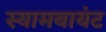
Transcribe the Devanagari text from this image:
स्‍यामबायंट